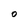
Character: O